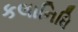
કલાનિધિ